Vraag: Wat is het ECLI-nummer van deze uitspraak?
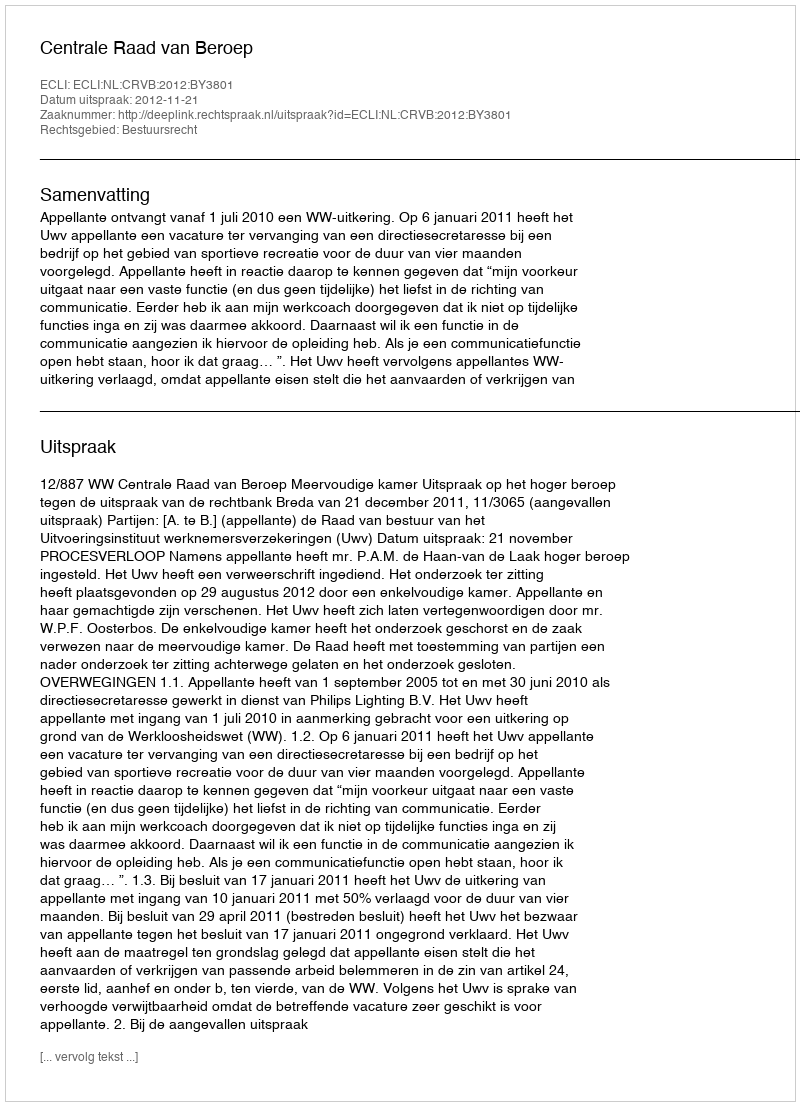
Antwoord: ECLI:NL:CRVB:2012:BY3801